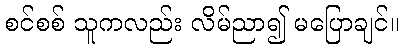
စင်စစ် သူကလည်း လိမ်ညာ၍ မပြောချင်။